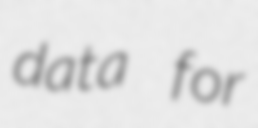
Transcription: data for